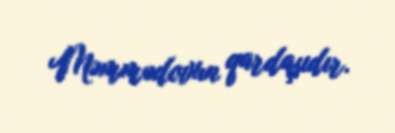
Məmmədovun qardaşıdır.